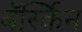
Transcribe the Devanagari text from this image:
बॅर्स्किन